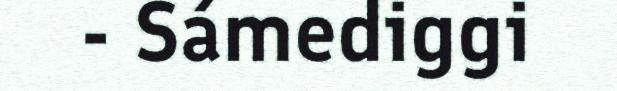
- Sámediggi